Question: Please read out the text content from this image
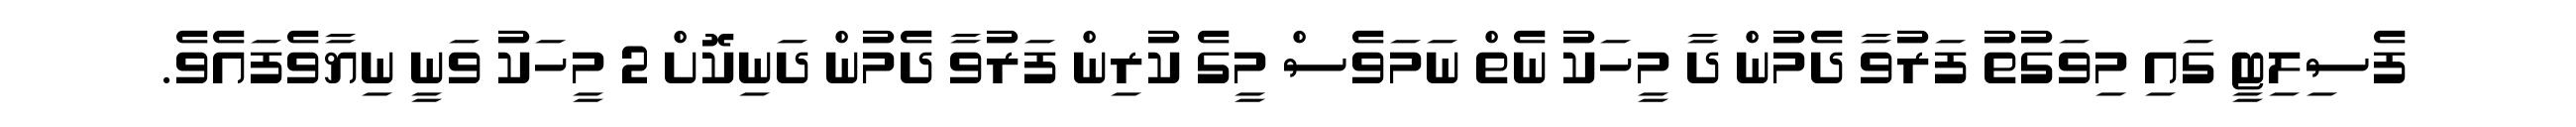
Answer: ފެސިލިޓީ ގައި މިވަގުތު ފަރުވާ ދެމުން ދާ މީހަކު ނެތް ނަމަވެސް މީގެ ކުރިން ފަރުވާ ދެމުން ދަނިކޮށް 2 މީހަކު ވަނީ ނިޔާވެފައެވެ.